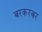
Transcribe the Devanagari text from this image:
बरकरबर